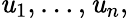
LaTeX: \mathit{u}_{1},\ldots,\mathit{u}_{n},